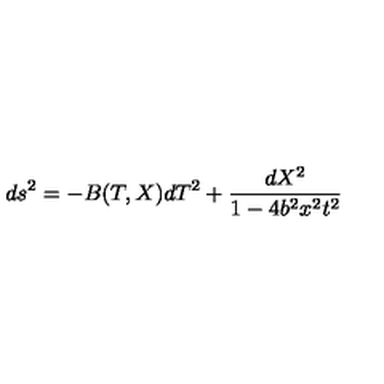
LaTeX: d s ^ { 2 } = - B ( T , X ) d T ^ { 2 } + \frac { d X ^ { 2 } } { 1 - 4 b ^ { 2 } x ^ { 2 } t ^ { 2 } }